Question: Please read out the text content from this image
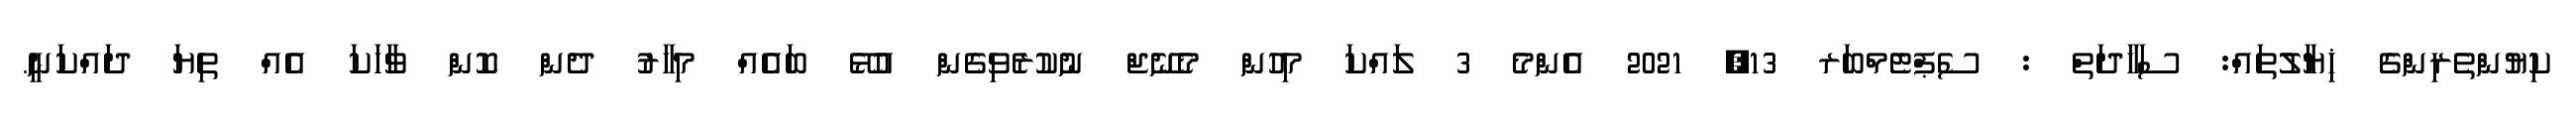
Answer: ކިޔުންތެރިންގެ ޚިޔާލުތައް: ސަހާދަތް : ސެޕްޓެމްބަރ 13, 2021 އެންމެ 3 ލައްކަ މިހުން މެނޭޖް ނުކުރެވިގެން އުޅޭ ބައެއް މިހާރު ދެން ކޮން ވާހަކަ އެއް ތިޔަ ދައްކަނީ.